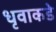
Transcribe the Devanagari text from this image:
धृवाकडे